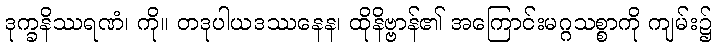
ဒုက္ခနိဿရဏံ၊ ကို။ တဒုပါယဒဿနေန၊ ထိုနိဗ္ဗာန်၏ အကြောင်းမဂ္ဂသစ္စာကို ကျမ်း၌